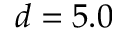
d = 5 . 0